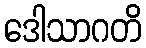
ဒေါသာဂတိ